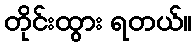
တိုင်းထွား ရတယ်။